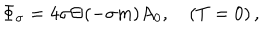
LaTeX: \Phi _ { \sigma } = 4 \sigma \Theta ( - \sigma m ) A _ { 0 } , \quad ( T = 0 ) \, ,